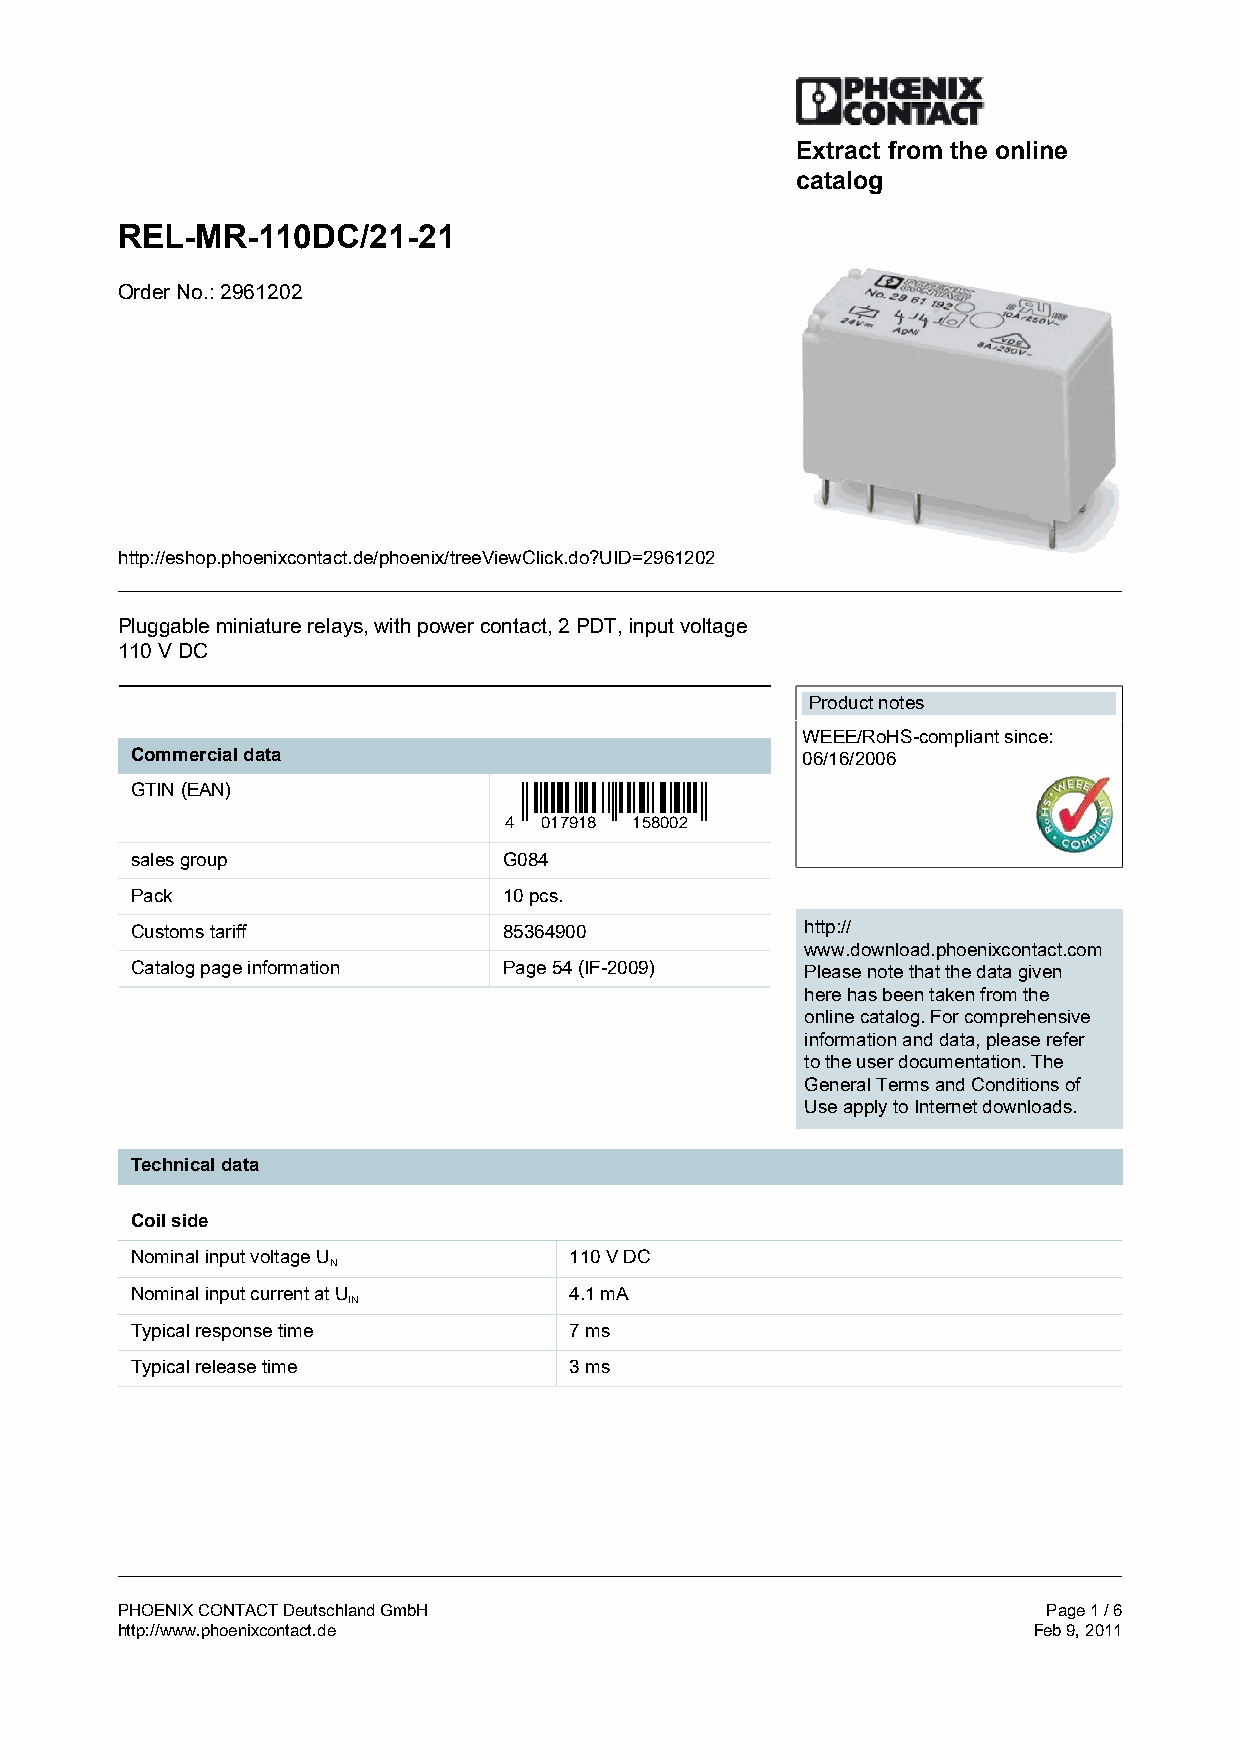
Extract from the online
 catalog
 REL-MR-110DC/21-21
 Order No.: 2961202
 http://eshop.phoenixcontact.de/phoenix/treeViewClick.do?UID=2961202
 Pluggable miniature relays, with power contact, 2 PDT, input voltage
 110 V DC
 Product notes
 WEEE/RoHS-compliant since:
 Commercial data                             06/16/2006
 GTIN (EAN)
 4  017918 158002
 sales group             G084
 Pack                    10 pcs.
 Customs tariff          85364900            http://
 www.download.phoenixcontact.com
 Catalog page information Page 54 (IF-2009)  Please note that the data given
 here has been taken from the
 online catalog. For comprehensive
 information and data, please refer
 to the user documentation. The
 General Terms and Conditions of
 Use apply to Internet downloads.
 Technical data
 Coil side
 Nominal input voltage U      110 V DC
 N
 Nominal input current at U   4.1 mA
 IN
 Typical response time        7 ms
 Typical release time         3 ms
 PHOENIX CONTACT Deutschland GmbH                             Page 1 / 6
 http://www.phoenixcontact.de                                Feb 9, 2011